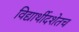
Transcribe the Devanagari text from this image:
विद्यार्थीदशेतच